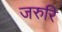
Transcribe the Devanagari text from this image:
जरुरि